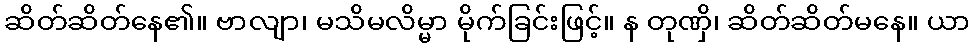
ဆိတ်ဆိတ်နေ၏။ ဗာလျာ၊ မသိမလိမ္မာ မိုက်ခြင်းဖြင့်။ န တုဏှိ၊ ဆိတ်ဆိတ်မနေ။ ယာ